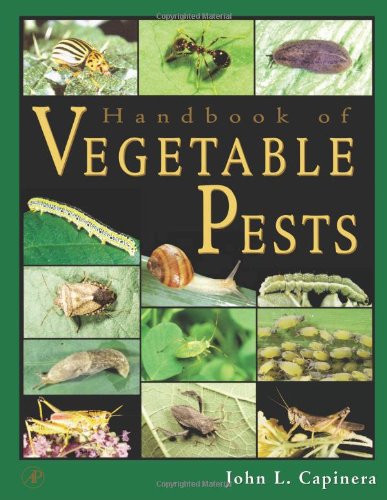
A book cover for Handbook of Vegetable Pests; John Capinera; Crafts, Hobbies & Home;